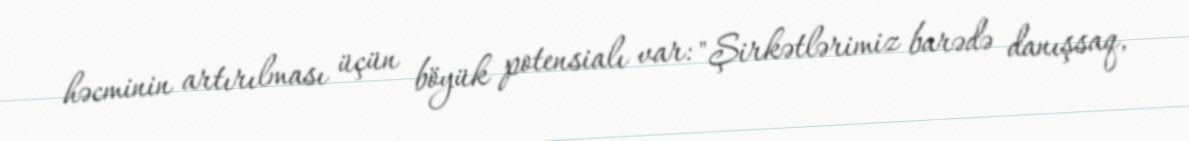
həcminin artırılması üçün böyük potensialı var: "Şirkətlərimiz barədə danışsaq,